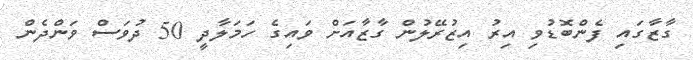
ގާޒާގައި ފެންބޮޑުވި އިރު އިޒުރޭލުން ގާޒާއަށް ވައިގެ ހަމަލާދީ 50 ދުވަސް ވަންދެން